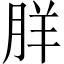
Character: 羘